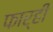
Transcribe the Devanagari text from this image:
फार्ही